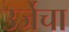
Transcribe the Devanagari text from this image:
उर्जेचा